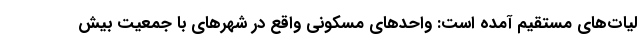
لیات‌های مستقیم آمده است: واحدهای مسکونی واقع در شهرهای با جمعیت بیش